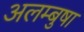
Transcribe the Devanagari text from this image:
अलम्बुषा